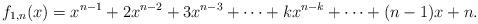
LaTeX: \begin{align*}f_{1,n}(x)=x^{n-1} + 2x^{n-2} + 3x^{n-3} + \cdots + kx^{n-k} + \cdots + (n-1)x + n.\end{align*}